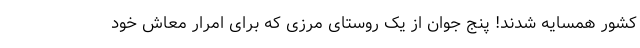
کشور همسایه شدند! پنج جوان از یک روستای مرزی که برای امرار معاش خود